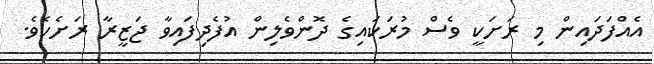
އެއްފަދައިން މި ރަށަކީ ވެސް މުރަކައިގެ ދޮންވެލިން އުފެދިފައިވާ ޖަޒީރާ ރަށެކެވެ.